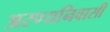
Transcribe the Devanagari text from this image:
अरण्यनिवासी